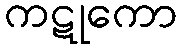
ကဋုကော